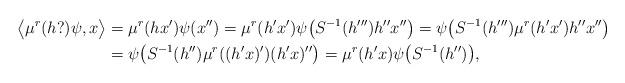
LaTeX: \begin{align*}\big\langle \mu^r(h ?)\psi, x \big\rangle &= \mu^r(hx')\psi(x'') = \mu^r(h'x')\psi\big(S^{-1}(h''')h''x''\big) = \psi\big(S^{-1}(h''')\mu^r(h'x')h''x''\big)\\&= \psi\big(S^{-1}(h'') \mu^r ((h'x)' )(h'x)''\big) = \mu^r(h'x) \psi\big(S^{-1}(h'')\big),\end{align*}